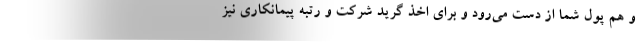
و هم پول شما از دست می‌رود و برای اخذ گرید شرکت و رتبه پیمانکاری نیز